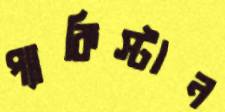
প্যাকিস্টান